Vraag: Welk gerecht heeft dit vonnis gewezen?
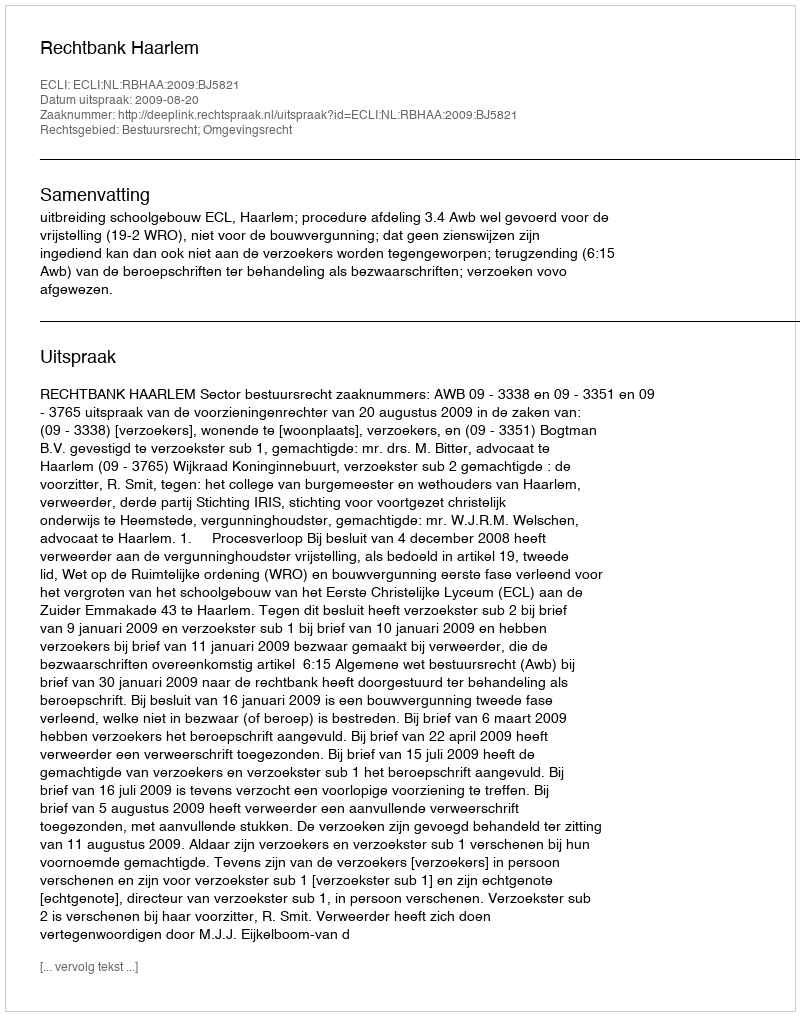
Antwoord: Rechtbank Haarlem